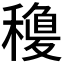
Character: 𥡽